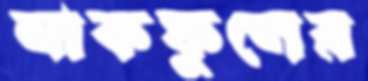
নাকফুলের